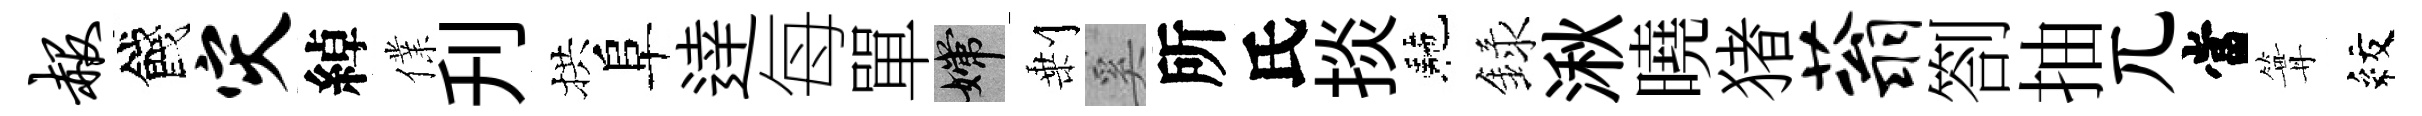
赧餞灾綽㒒刋拱阜逹每單嫦剰奚所氏掞駰録湫曉猪蓊劄抽兀當篝紋